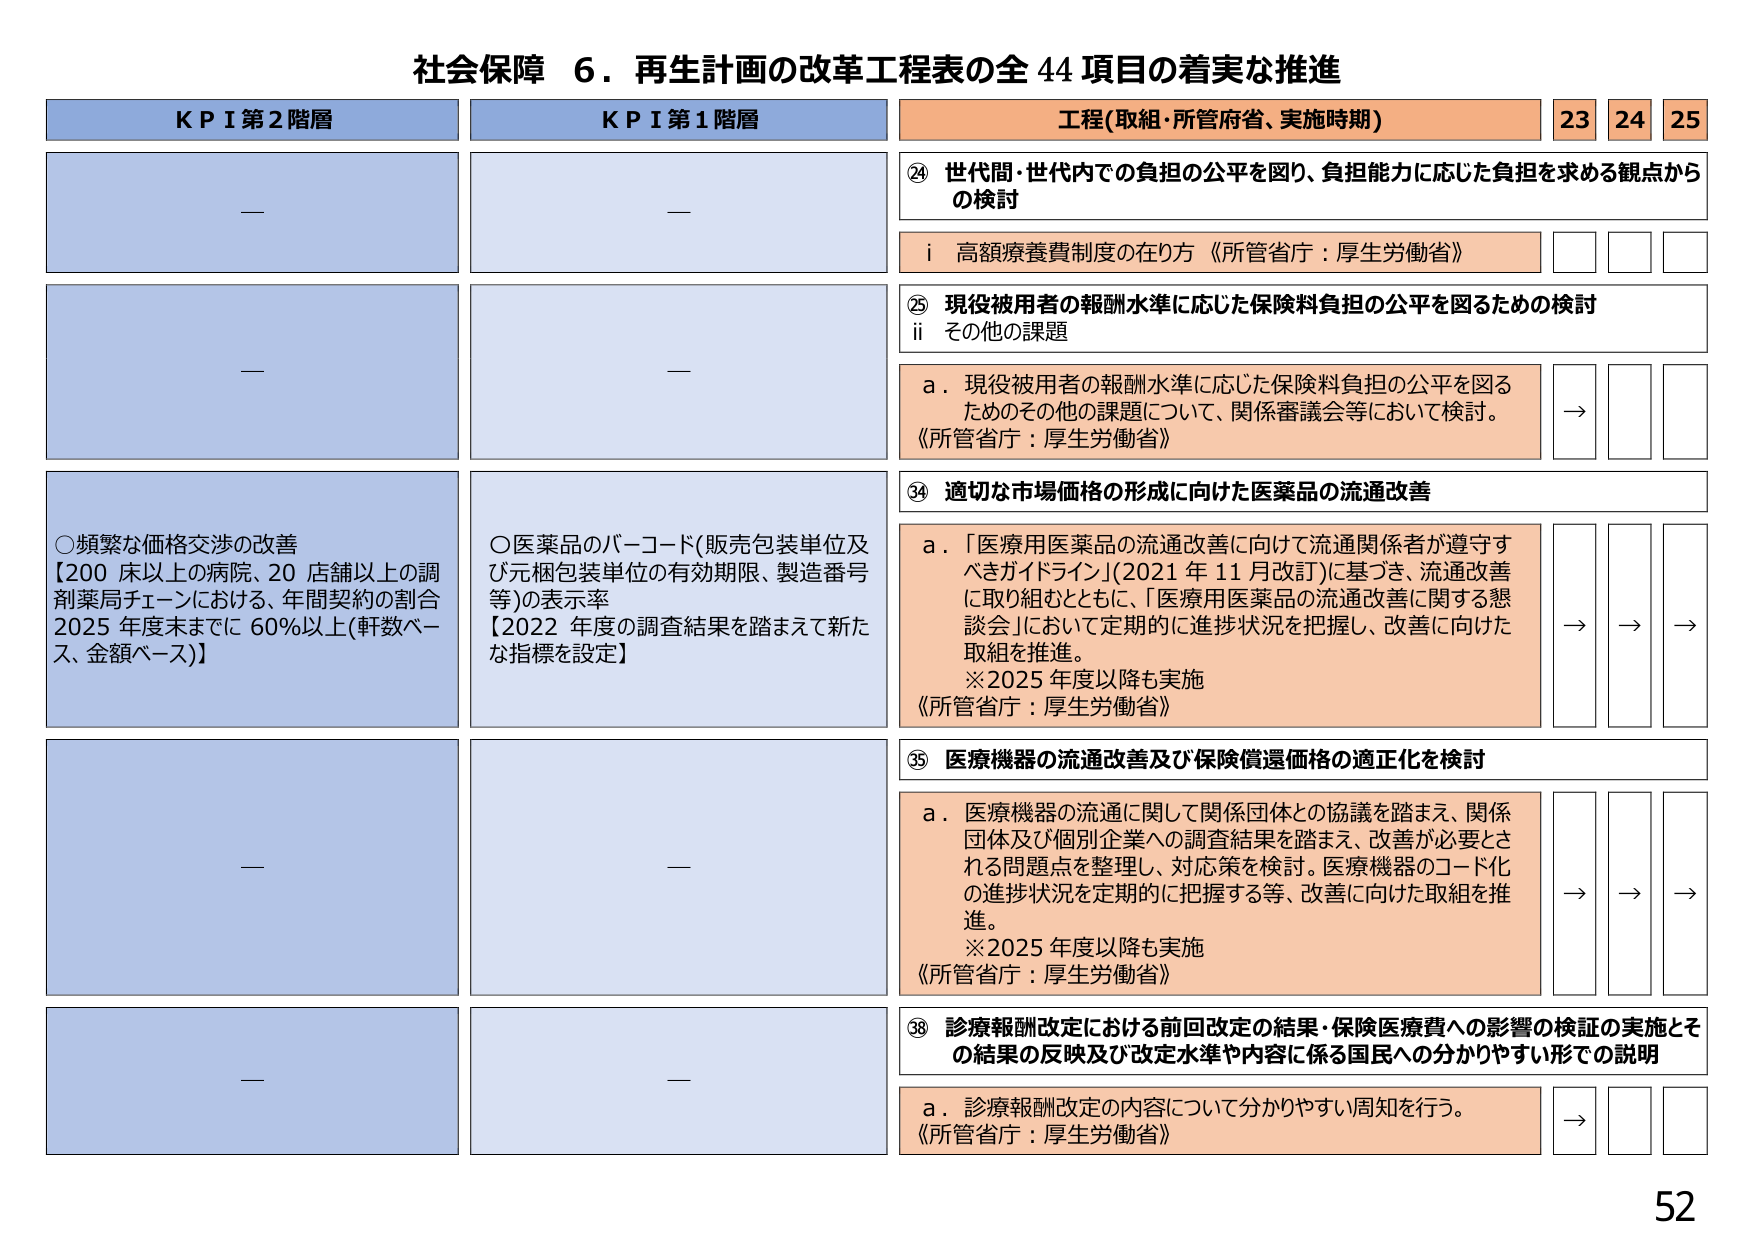
社会保障 ６．再生計画の改革工程表の全 44 項目の着実な推進

KPI 第2 階層
—
—
○頻繁な価格交渉の改善
【200 床以上の病院、20 店舗以上の調剤薬局チェーンにおける、年間契約の割合 2025 年度末までに 60%以上（軒数ベース、金額ベース）】
—
—

KPI 第1 階層
—
—
○医薬品のバーコード（販売包装単位及び元梱包装単位の有効期限、製造番号等）の表示率
【2022 年度の調査結果を踏まえて新たな指標を設定】
—

工程（取組・所管府省、実施時期）
23 24 25

⑳ 世代間・世代内での負担の公平を図り、負担能力に応じた負担を求める観点からの検討
i 高額療養費制度の在り方 《所管省庁：厚生労働省》

㉕ 現役被用者の報酬水準に応じた保険料負担の公平を図るための検討
ii その他の課題
a．現役被用者の報酬水準に応じた保険料負担の公平を図るためのその他の課題について、関係審議会等において検討。
《所管省庁：厚生労働省》
→

㉔ 適切な市場価格の形成に向けた医薬品の流通改善
a．「医療用医薬品の流通改善に向けて流通関係者が遵守すべきガイドライン」（2021 年 11 月改訂）に基づき、流通改善に取り組むとともに、「医療用医薬品の流通改善に関する懇談会」において定期的に進捗状況を把握し、改善に向けた取組を推進。
※2025 年度以降も実施
《所管省庁：厚生労働省》
→ → →

㉕ 医療機器の流通改善及び保険償還価格の適正化を検討
a．医療機器の流通に関して関係団体との協議を踏まえ、関係団体及び個別企業への調査結果を踏まえ、改善が必要とされる問題点を整理し、対応策を検討。医療機器のコード化の進捗状況を定期的に把握する等、改善に向けた取組を推進。
※2025 年度以降も実施
《所管省庁：厚生労働省》
→ → →

㉘ 診療報酬改定における前回改定の結果・保険医療費への影響の検証の実施とその結果の反映及び改定水準や内容に係る国民への分かりやすい形での説明
a．診療報酬改定の内容について分かりやすい周知を行う。
《所管省庁：厚生労働省》
→

52